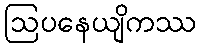
ဩပနေယျိကဿ